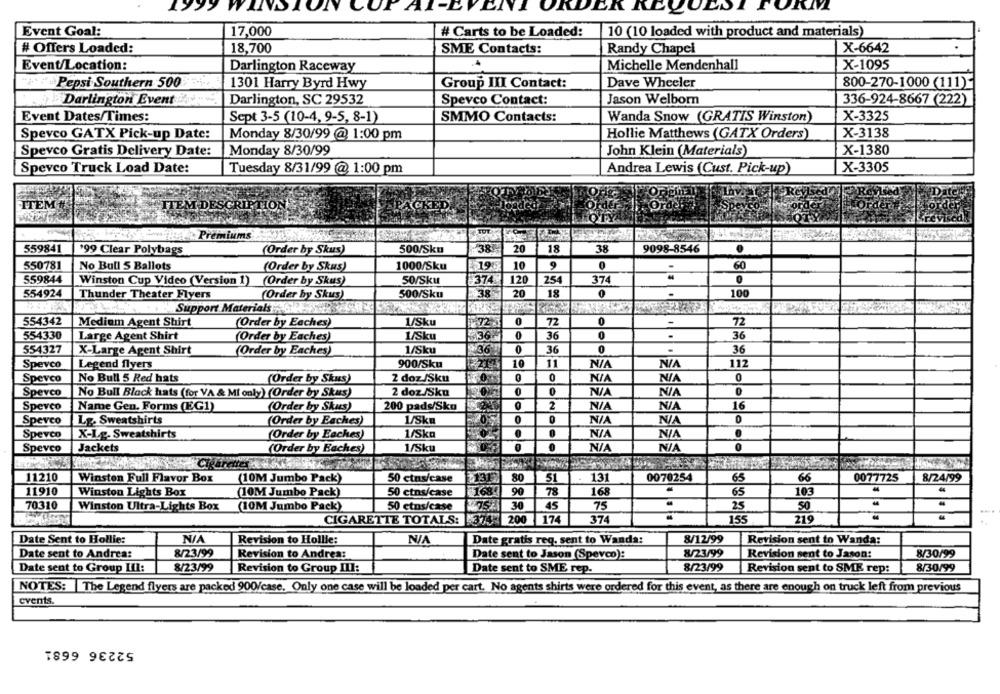
IV
AI-L
SI FORM
Event Goal:
17,000
# Carts to be Loaded:
10 (10 loaded with product and materials)
# Offers Loaded:
18,700
X-6642
SME Contacts:
Randy Chapel
Event/Location:
Darlington Raceway
Michelle Mendenhall
X-1095
"""" Pepsi Southern 500
1301 Harry Byrd Hwy
Group III Contact:
Dave Wheeler
800-270-1000 (111)
Darlington Event
Darlington, SC 29532
Spevco Contact:
Jason Welborn
336-924-8667 (222)
Event Dates/Times:
Sept 3-5 (10-4, 9-5, 8-1)
SMMO Contacts:
Wanda Snow (GRATIS Winston)
X-3325
Spevco GATX Pick-up Date:
Monday 8/30/99 @ 1:00 pm
Hollie Matthews (GATX Orders)
X-3138
Spevco Gratis Delivery Date:
Monday 8/30/99
John Klein (Materials)
X-1380
X-3305
Spevco Truck Load Date:
Tuesday 8/31/99 @ 1:00 pm
Andrea Lewis (Cust. Pick-up)
ITE
ITEM DESCRIPTION
ARACKED.
TOT
Premiums
559841
199 Clear Polybags
(Order by Skus)
500/Sku
38
20
18
38
9098-8546
550781
No Bull S Ballots
(Order by Skus)
1000/Sku
₹196
10
9
0
60
559844
Winston Cup Video (Version 1) (Order by Skus)
50/Sku
374
120
254
374
0
20
100
554924
Thunder Theater Flyers
(Order by Skus)
500/Sku
$38
18
0
Support Materials
554342
Medium Agent Shirt
(Order by Eaches)
1/Sku
$72
0
72
0
72
554330
Large Agent Shirt
(Order by Eaches)
1/Sku
536-
0
36
0
.
36
554327
X-Large Agent Shirt
(Order by Eaches)
1/Sku
36
0
36
0
.
36
Spevco
Legend flyers
900/Sku
2213
10
11
112
Spevco
No Bull 5 Red hats
(Order by Skus)
2 doz/Sku
0
0
0
Spevco
No Bull Black hats (for VA & MI only) (Order by Skus)
2 doz/Sku
0
0
Spevco
Name Gen. Forms (EG1)
(Order by Skus)
200 pads/Sko
2
16
Speveo
Lg. Sweatshirts
(Order by Eaches)
1/Sk
0
0
0
0
Spevco
X-Lg. Sweatshirts
(Order by Eaches)
1/Ska
0
Spevco
Jackets
(Order by Eaches)
1/Sku
0
0
0
11210
Winston Full Flavor Box
(10M Jumbo Pack)
50 ctns/case
80
51
131
0070254
65
66
0077725
8/24/99
11910
Winston Lights Box
(10M Jumbo Pack)
50 ctns/case
168
90
78
168
65
103
44
70310
Winston Ultra-Lights Box
(10M Jumbo Pack)
50 etns/case
30
45
75
25
SO
CIGARETTE TOTALS:
374- 200 174
374
155
219
Date Sent to Hollie:
Revision to Hollie:
Date gratis req, sent to Wanda:
8/12/99
Revision sent to Wanda:
Date sent to Andrea:
8/23/99
Revision to Andrea:
Date sent to Jason (Spevco):
8/23/99
Revision sent to Jason:
8/30/99
Date sent to Group LII:
8/23/99
Revision to Group III:
Date sent to SME rep.
8/23/99
Revision sent to SMK rep:
8/30/99
NOTES: The Legend flyers are packed 900/case. Only one case will be loaded per cart. No agents shirts were ordered for this event, as there are enough on truck left from previous
events.
52236 6681